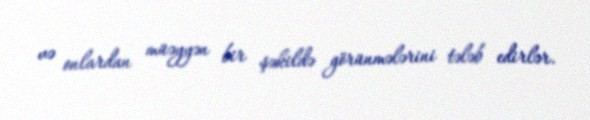
və onlardan müəyyən bir şəkildə görünmələrini tələb edirlər.